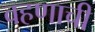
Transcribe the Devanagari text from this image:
वहणाची